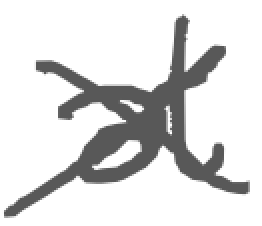
Text: at
Cross-out: cross
Writing tool: digital_gray